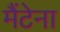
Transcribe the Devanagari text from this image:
मैंटेना